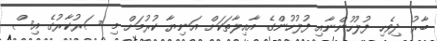
ބާރު ދިވެހި ފުލުހުންނާއި ފުލުހުންގެ އާއިލާތަކަށް އަނިޔާ ކުރުމަށް މި ސަރުކާރުގެ އިސް